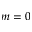
m = 0